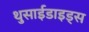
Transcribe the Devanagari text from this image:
थुसाईडाइड्स